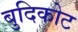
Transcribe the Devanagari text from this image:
बुदिकोट